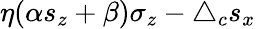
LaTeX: \eta(\alpha s_{z}+\beta)\sigma_{z}-\bigtriangleup_{c}s_{x}